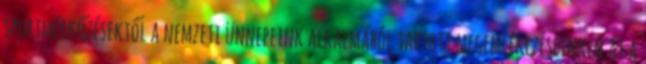
sportmérkőzésektől a nemzeti ünnepeink alkalmából tartott megemlékezéseinken át a